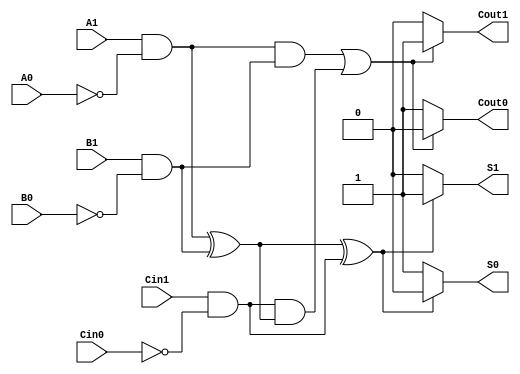
module dual_rail_full_adder (
    input wire A1, A0,  // Dual-rail input A
    input wire B1, B0,  // Dual-rail input B
    input wire Cin1, Cin0, // Dual-rail carry-in
    output wire S1, S0, // Dual-rail sum output
    output wire Cout1, Cout0 // Dual-rail carry output
);

// Internal signals for intermediate calculations
wire A = A1 & ~A0; // A is true if A1 is high and A0 is low
wire B = B1 & ~B0; // B is true if B1 is high and B0 is low
wire Cin = Cin1 & ~Cin0; // Cin is true if Cin1 is high and Cin0 is low

// Sum logic
wire sum = A ^ B ^ Cin; // Sum is true if A XOR B XOR Cin
wire carry = (A & B) | (Cin & (A ^ B)); // Carry is true if (A AND B) OR (Cin AND (A XOR B))

// Output logic
assign S1 = sum ? 1'b1 : 1'b0; // S1 is high if sum is true
assign S0 = sum ? 1'b0 : 1'b1; // S0 is low if sum is true

assign Cout1 = carry ? 1'b1 : 1'b0; // Cout1 is high if carry is true
assign Cout0 = carry ? 1'b0 : 1'b1; // Cout0 is low if carry is true

endmodule